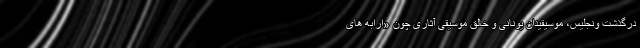
درگذشت ونجلیس، موسیقیدان یونانی و خالق موسیقی آثاری چون «ارابه های